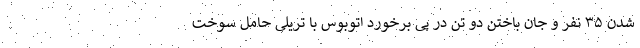
شدن ۳۵ نفر و جان باختن دو تن در پی برخورد اتوبوس با تریلی حامل سوخت